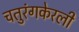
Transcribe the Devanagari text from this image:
चतुरंगकेरली